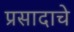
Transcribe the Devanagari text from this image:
प्रसादाचे